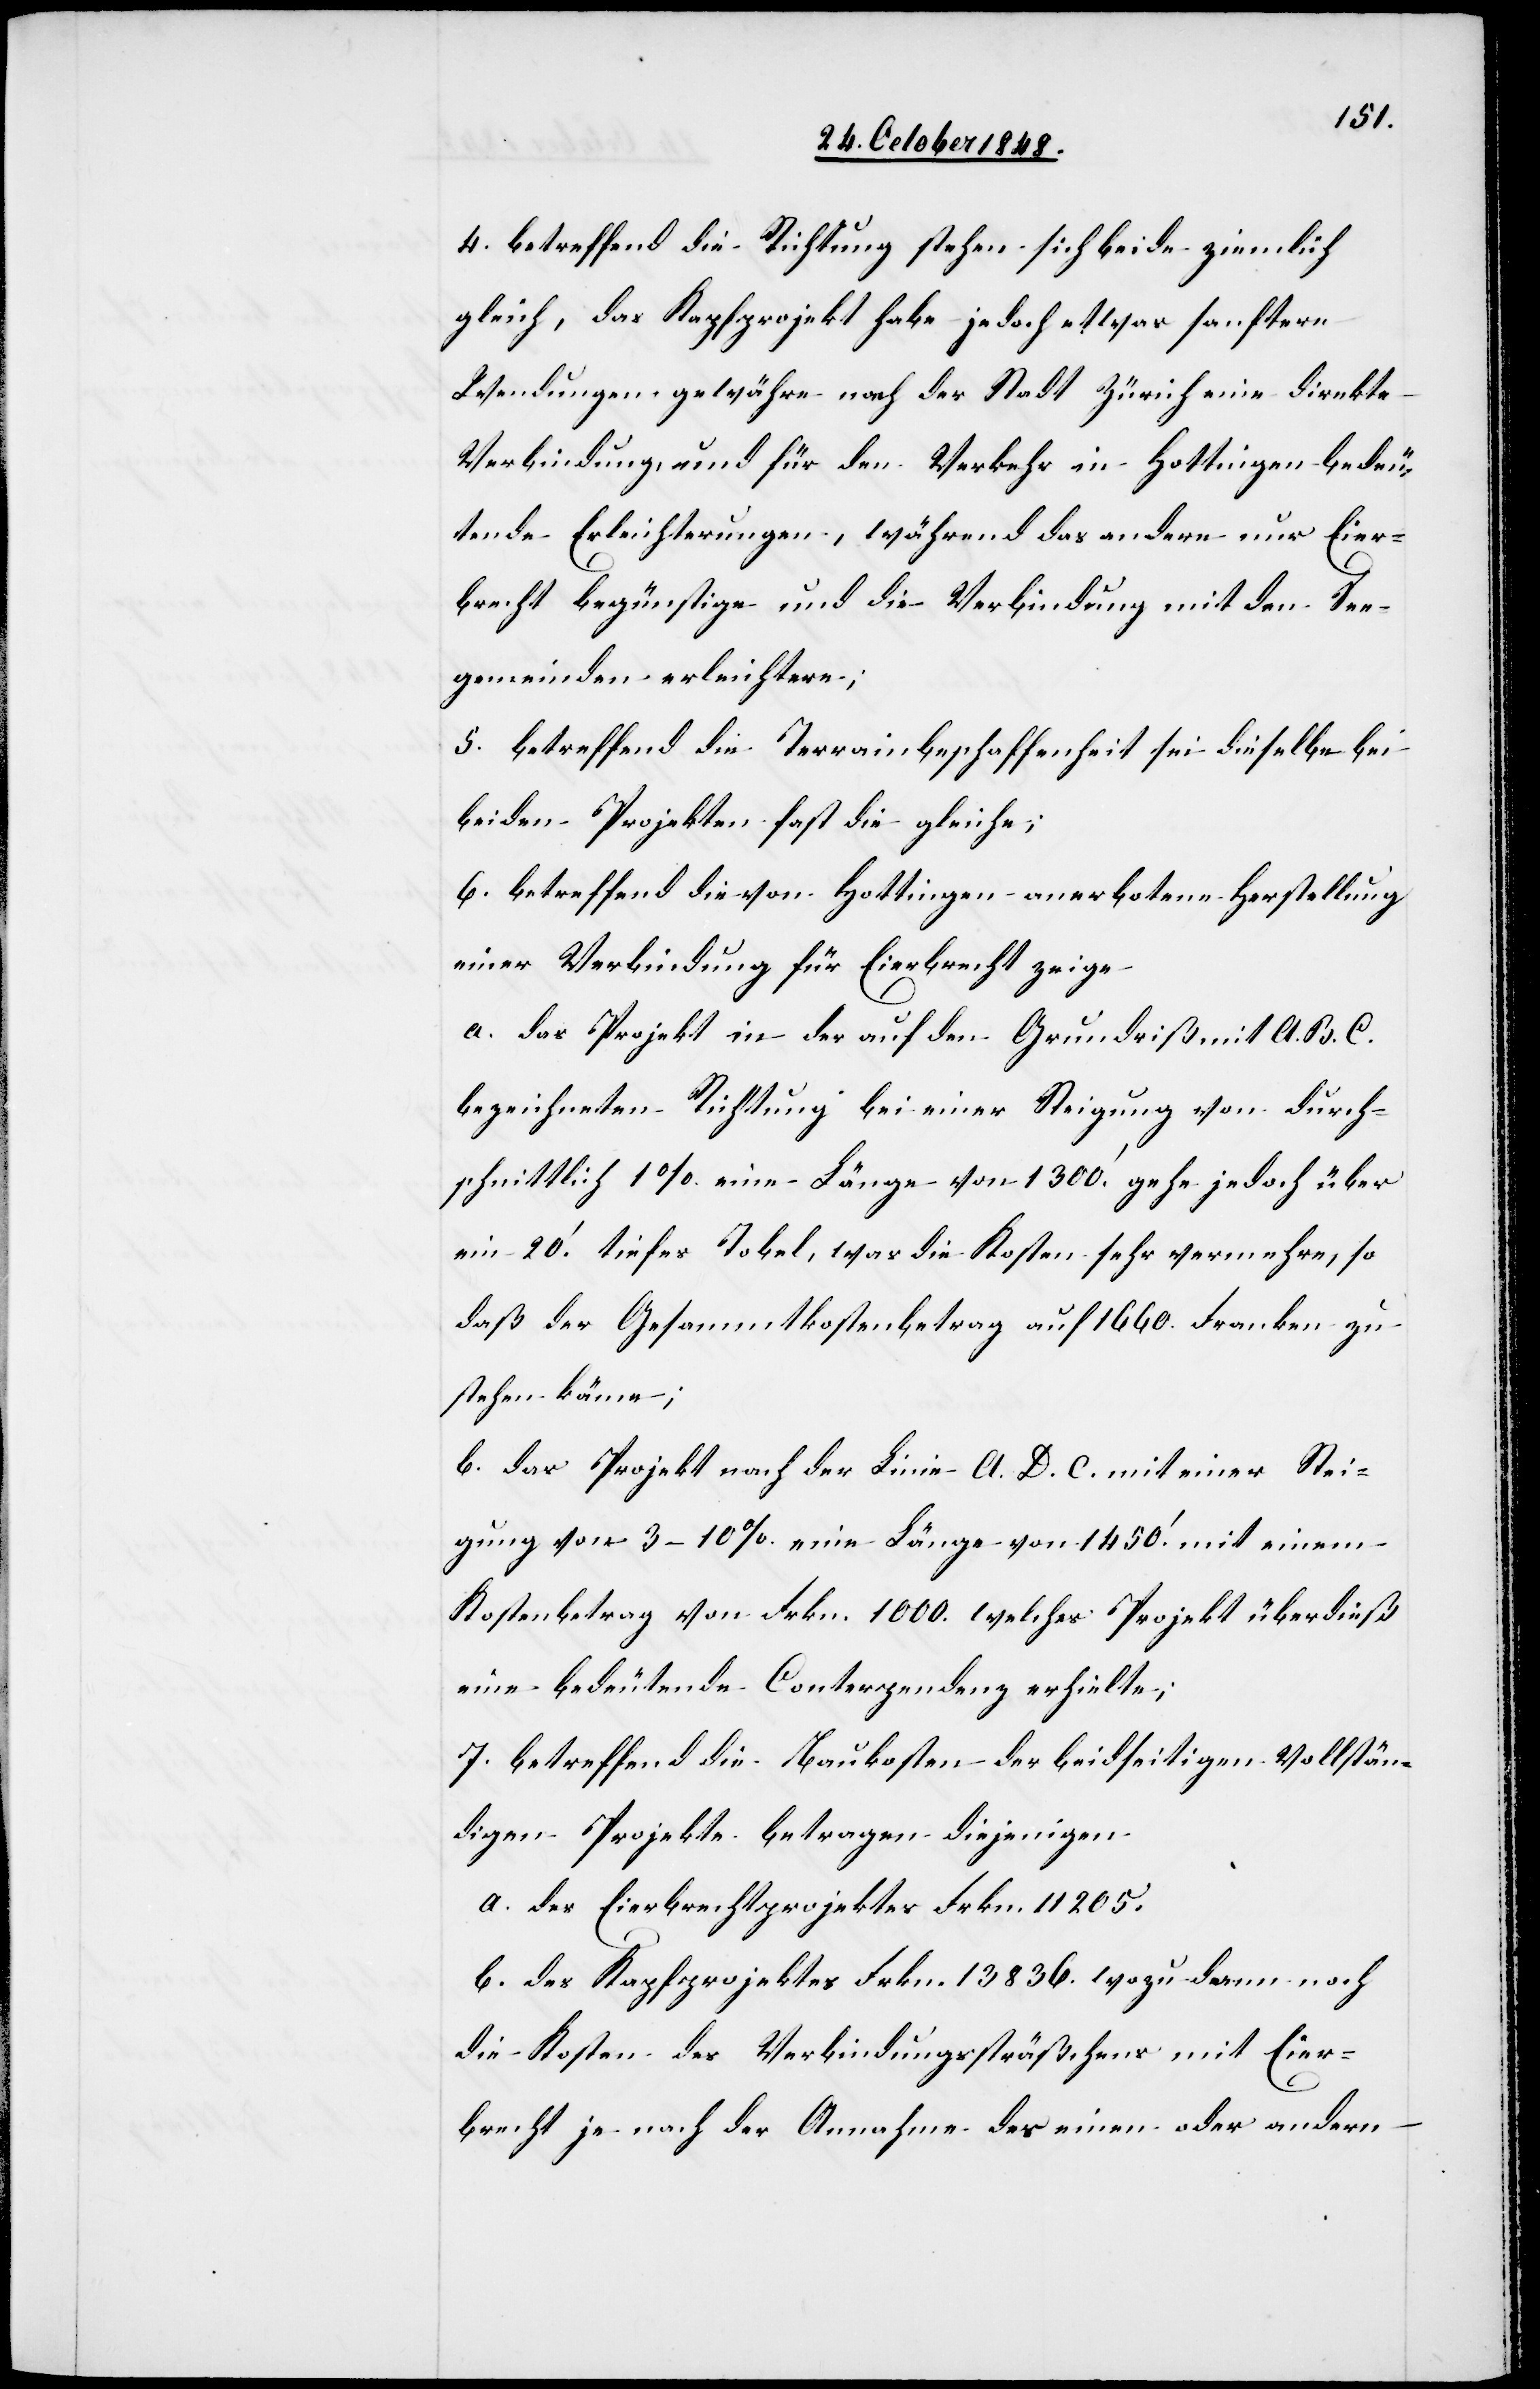
4. betreffend die Richtung stehen sich beide ziemlich
gleich, das Kapfprojekt habe jedoch etwas sanftere
Wendungen[,] gewähren nach der Stadt Zürich eine direkte
Verbindung, und für den Verkehr in Hottingen bedeu¬
tende Erleichterungen, während das andere nur Eier¬
brecht begünstige und die Verbindung mit den See¬
gemeinden erleichtere;
5. betreffend die Terrainbeschaffenheit sei dieselbe bei
beiden Projekten fast die gleiche;
6. betreffend die von Hottingen anerbotene Herstellung
einer Verbindung für Eierbrecht zeige
a. das Projekt in der auf den Grundriß mit A. B. C.
bezeichneten Richtung bei einer Steigung von durch¬
schnittlich 1% eine Länge von 1300.’ gehe jedoch über
ein 20.’ tiefes Tobel, was die Kosten sehr vermehre, so
daß der Gesammtkostenbetrag auf 1660. Franken zu
stehen käme;
b. das Projekt nach der Linie A. D. C. mit einer Stei¬
gung von 3–10% eine Länge von 1450.’ mit einem
Kostenbetrag von Frkn. 1000. welches Projekt überdieß
eine bedeutende Conterpendenz erhielte;
7. betreffend die Baukosten der beidseitigen vollstän¬
digen Projekte betragen diejenigen
a. des Eierbrechtprojektes Frkn. 11 205.
b. des Kapfprojektes Frkn. 13 836. wozu dann noch
die Kosten des Verbindungssträßchens mit Eier¬
brecht je nach der Annahme des einen oder andern